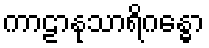
ကာဠာနုသာရိဂန္ဓော